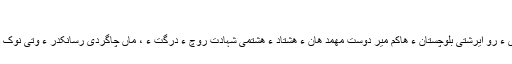
ھیر بیار مری
اے گپ بلوچ رھشون ھیر بیار مری ءَ رو ایرشتی بلوچستان ءِ ھاکم میر دوست مھمد ھان ءِ ھشتاد ءُ ھشتمی شہادت روچ ءِ درگت ءَ ، ماں چاگردی رسانکدر ءَ وتی نوک داتگیں درشانے ءِ تھا گوشتگ اَنت۔